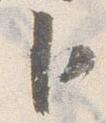
卜